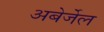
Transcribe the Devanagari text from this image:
अबेर्जेल